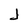
Character: J